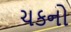
ચકનો